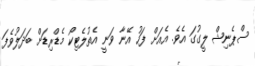
ސްޕެނިޝް ލީގުގަ އެވެ. އެއަށް ފަހު އޭނާ ވަނީ އެތުލެޓިކޯ މެޑްރިޑަށް ބަދަލުވެފަ